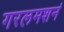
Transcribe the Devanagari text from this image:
गरलमशनं